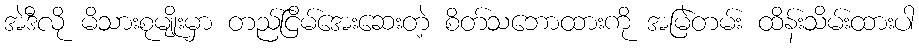
အဲဒီလို မိသားစုမျိုးမှာ တည်ငြိမ်အေးဆေးတဲ့ စိတ်သဘောထားကို အမြဲတမ်း ထိန်းသိမ်းထားပါ